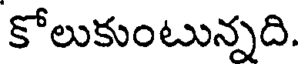
కోలుకుంటున్నది.